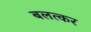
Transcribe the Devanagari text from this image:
बलत्कर